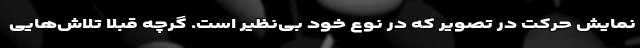
نمایش حرکت در تصویر که در نوع خود بی‌‌نظیر است. گرچه قبلا تلاش‌هایی